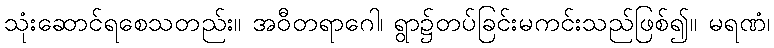
သုံးဆောင်ရစေသတည်း။ အဝီတရာဂေါ၊ ရွာ၌တပ်ခြင်းမကင်းသည်ဖြစ်၍။ မရဏံ၊